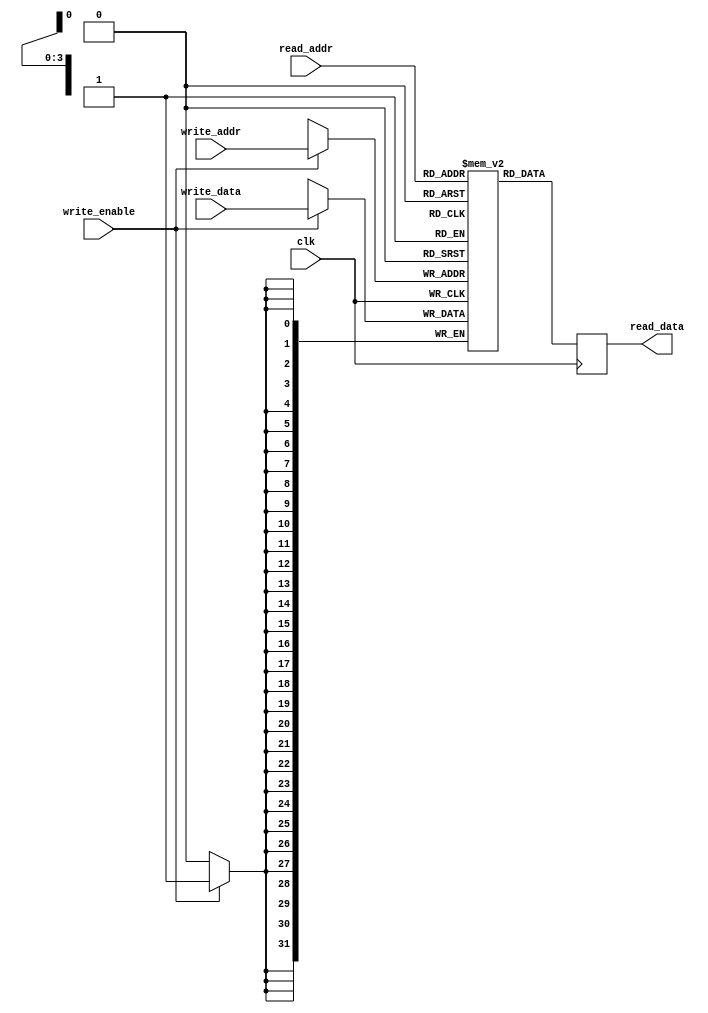
module register_file(
    input wire clk,             // clock input
    input wire [3:0] read_addr, // read address input
    output reg [31:0] read_data, // data output based on read address
    input wire [3:0] write_addr, // write address input
    input wire [31:0] write_data, // data input to be written
    input wire write_enable       // write enable signal
);

reg [31:0] registers [0:15]; // array of 16 registers, each storing a 32-bit value

// Read operation
always @(posedge clk) begin
    read_data = registers[read_addr];
end

// Write operation
always @(posedge clk) begin
    if (write_enable) begin
        registers[write_addr] <= write_data;
    end
end

endmodule